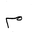
Letter: _mim